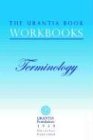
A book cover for The Urantia Book Workbooks: Volume 7 - Terminology; William S. Sadler; Religion & Spirituality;